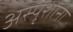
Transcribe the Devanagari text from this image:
अस्पृशांना